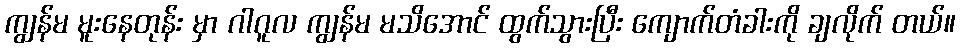
ကျွန်မ မူးနေတုန်း မှာ ဂါဂူလ ကျွန်မ မသိအောင် ထွက်သွားပြီး ကျောက်တံခါးကို ချလိုက် တယ်။